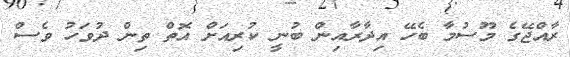
ރާއްޖޭގެ މޫސުމާ ބެހޭ އިދާރާއިން ބުނީ ކުރިއަށް އޮތް ތިން ދުވަހު ވެސް